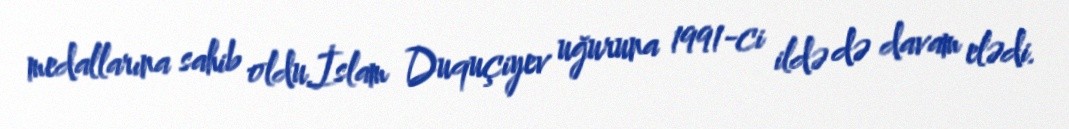
medallarına sahib oldu.İslam Duquçiyev uğuruna 1991-ci ildə də davam elədi.